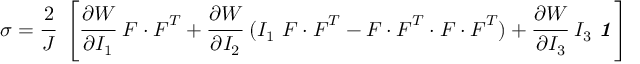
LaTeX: { \boldsymbol { \sigma } } = { \cfrac { 2 } { J } } ~ \left[ { \cfrac { \partial W } { \partial I _ { 1 } } } ~ { \boldsymbol { F } } \cdot { \boldsymbol { F } } ^ { T } + { \cfrac { \partial W } { \partial I _ { 2 } } } ~ ( I _ { 1 } ~ { \boldsymbol { F } } \cdot { \boldsymbol { F } } ^ { T } - { \boldsymbol { F } } \cdot { \boldsymbol { F } } ^ { T } \cdot { \boldsymbol { F } } \cdot { \boldsymbol { F } } ^ { T } ) + { \cfrac { \partial W } { \partial I _ { 3 } } } ~ I _ { 3 } ~ { \boldsymbol { \mathit { 1 } } } \right]